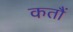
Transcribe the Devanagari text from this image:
कतौं